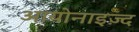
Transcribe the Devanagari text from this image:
आयोनाइज़्द